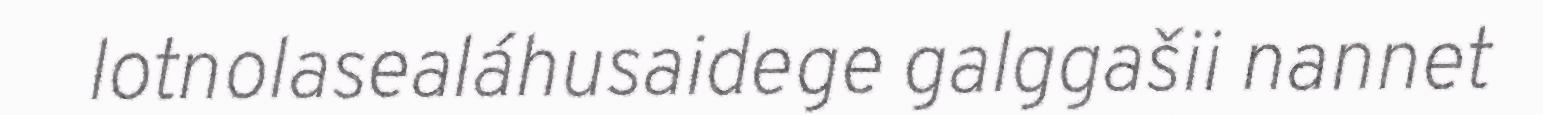
lotnolasealáhusaidege galggašii nannet